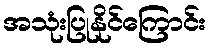
အသုံးပြုနိုင်ကြောင်း